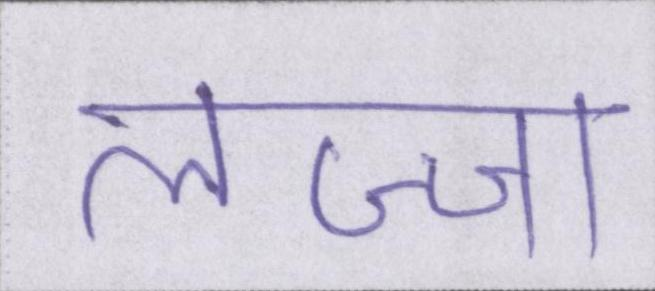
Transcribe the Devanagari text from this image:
लज्जा